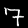
Label: 7